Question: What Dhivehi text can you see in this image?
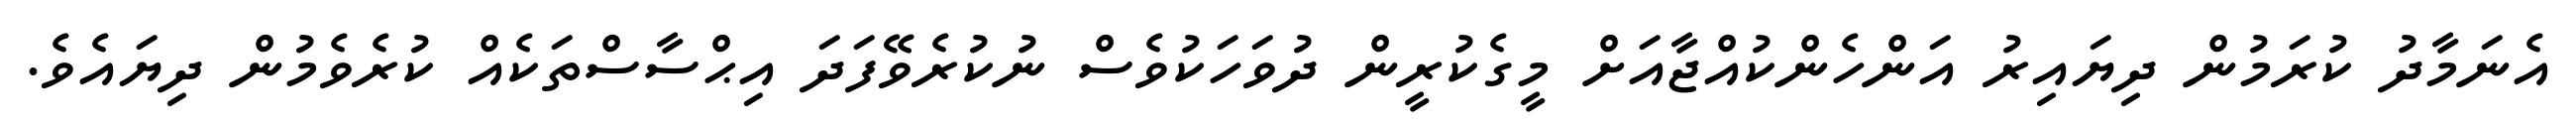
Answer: އެނަމާދު ކުރަމުން ދިޔައިރު އަންހެންކުއްޖާއަށް މީގެކުރީން ދުވަހަކުވެސް ނުކުރެވޭފަދަ އިޙްސާސްތަކެއް ކުރެވެމުން ދިޔައެވެ.